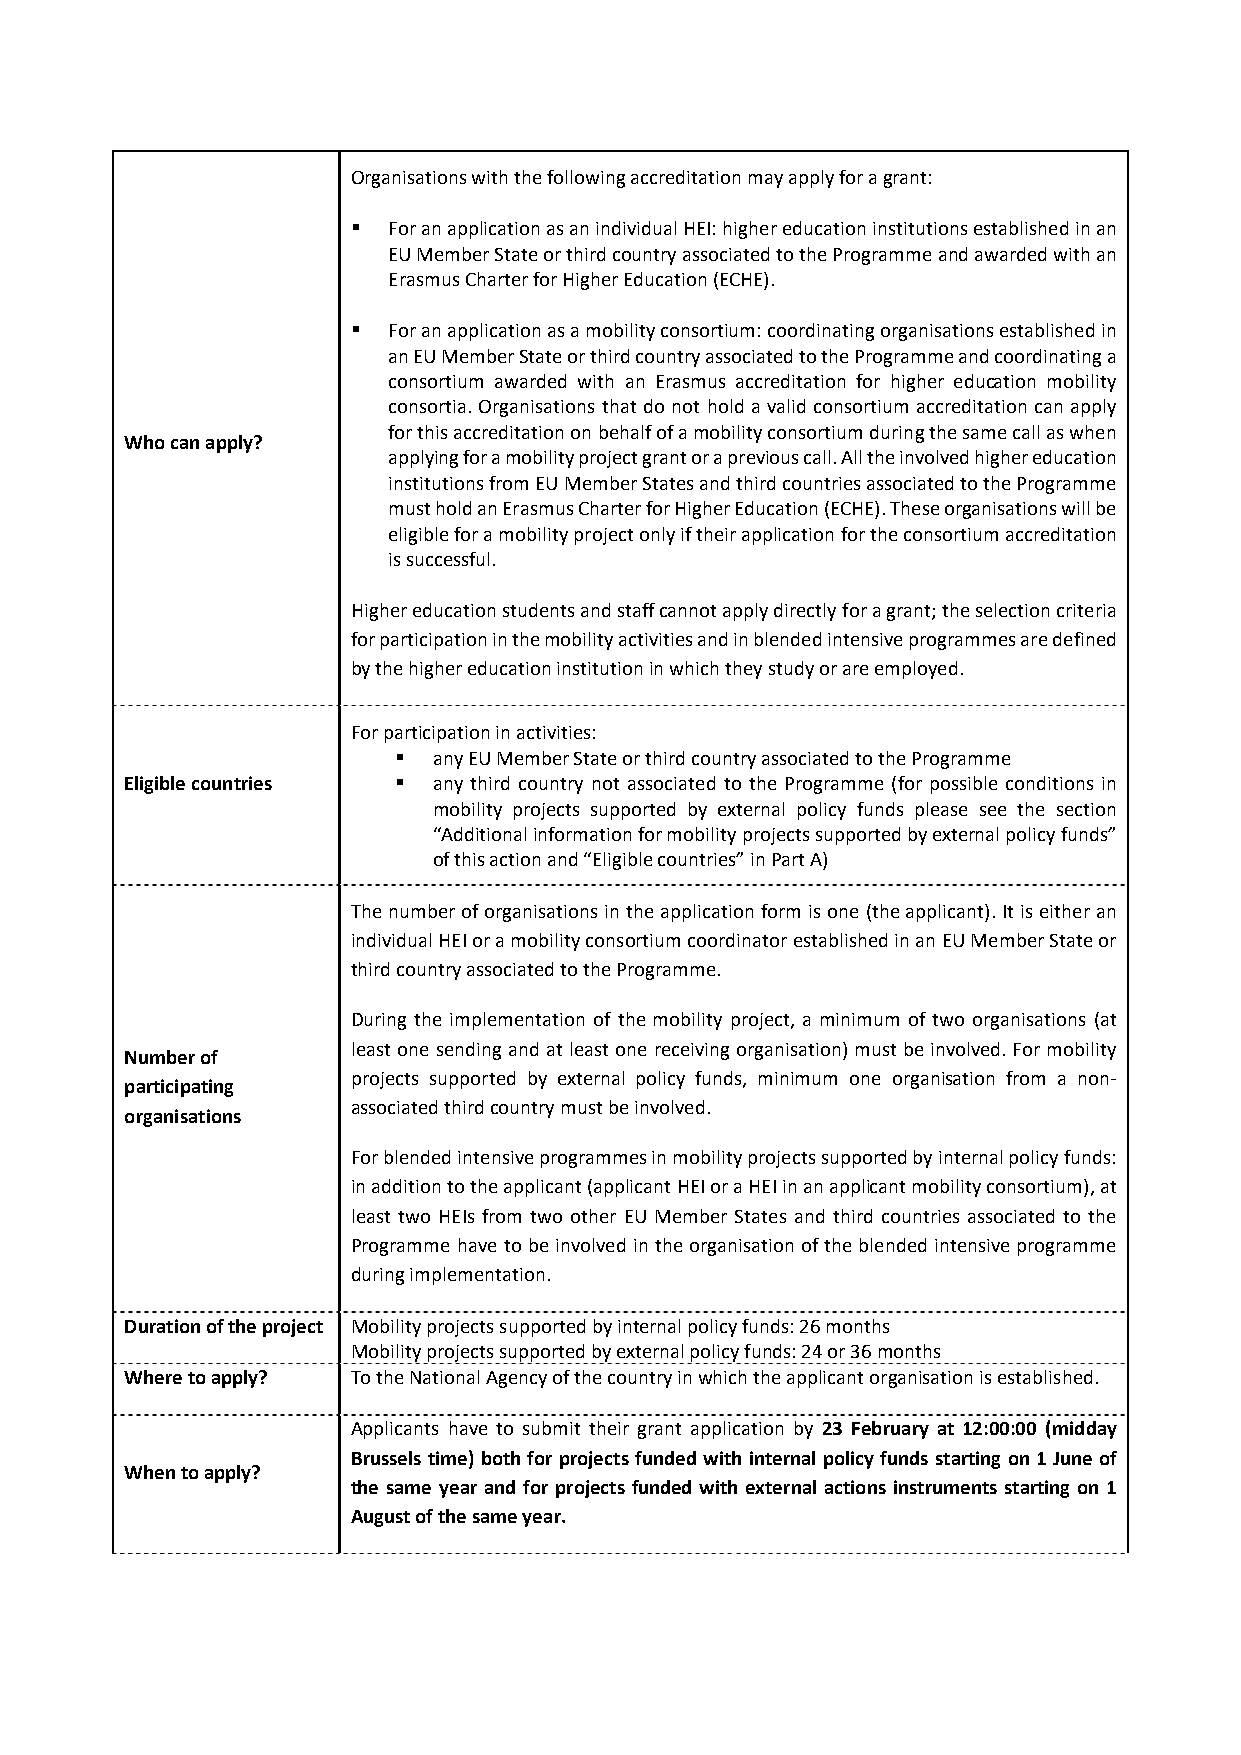
Organisations with the following accreditation may apply for a grant:
   For an application as an individual HEI: higher education institutions established in an
 EU Member State or third country associated to the Programme and awarded with an
 Erasmus Charter for Higher Education (ECHE).
   For an application as a mobility consortium: coordinating organisations established in
 an EU Member State or third country associated to the Programme and coordinating a
 consortium awarded with an Erasmus accreditation for higher education mobility
 consortia. Organisations that do not hold a valid consortium accreditation can apply
 for this accreditation on behalf of a mobility consortium during the same call as when
 Who can apply?
 applying for a mobility project grant or a previous call. All the involved higher education
 institutions from EU Member States and third countries associated to the Programme
 must hold an Erasmus Charter for Higher Education (ECHE). These organisations will be
 eligible for a mobility project only if their application for the consortium accreditation
 is successful.
 Higher education students and staff cannot apply directly for a grant; the selection criteria
 for participation in the mobility activities and in blended intensive programmes are defined
 by the higher education institution in which they study or are employed.
 For participation in activities:
   any EU Member State or third country associated to the Programme
 Eligible countries  any third country not associated to the Programme (for possible conditions in
 mobility projects supported by external policy funds please see the section
 “Additional information for mobility projects supported by external policy funds”
 of this action and “Eligible countries” in Part A)
 The number of organisations in the application form is one (the applicant). It is either an
 individual HEI or a mobility consortium coordinator established in an EU Member State or
 third country associated to the Programme.
 During the implementation of the mobility project, a minimum of two organisations (at
 least one sending and at least one receiving organisation) must be involved. For mobility
 Number of
 projects supported by external policy funds, minimum one organisation from a non‐
 participating
 associated third country must be involved.
 organisations
 For blended intensive programmes in mobility projects supported by internal policy funds:
 in addition to the applicant (applicant HEI or a HEI in an applicant mobility consortium), at
 least two HEIs from two other EU Member States and third countries associated to the
 Programme have to be involved in the organisation of the blended intensive programme
 during implementation.
 Duration of the project Mobility projects supported by internal policy funds: 26 months
 Mobility projects supported by external policy funds: 24 or 36 months
 Where to apply? To the National Agency of the country in which the applicant organisation is established.
 Applicants have to submit their grant application by 23 February at 12:00:00 (midday
 Brussels time) both for projects funded with internal policy funds starting on 1 June of
 When to apply?
 the same year and for projects funded with external actions instruments starting on 1
 August of the same year.